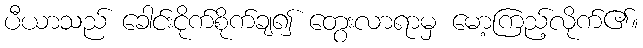
ပီယာသည် ခေါင်းငိုက်စိုက်ချ၍ တွေးလာရာမှ မော့ကြည့်လိုက်၏။